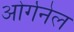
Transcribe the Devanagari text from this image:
ओर्गनेल